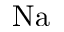
\mathrm { N a }